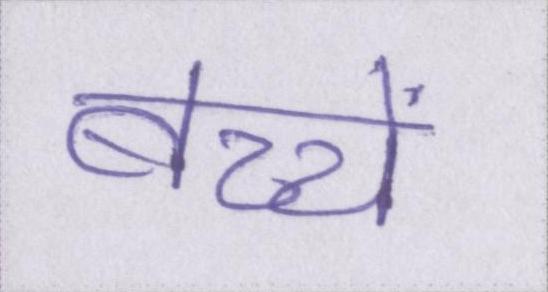
बच्चें